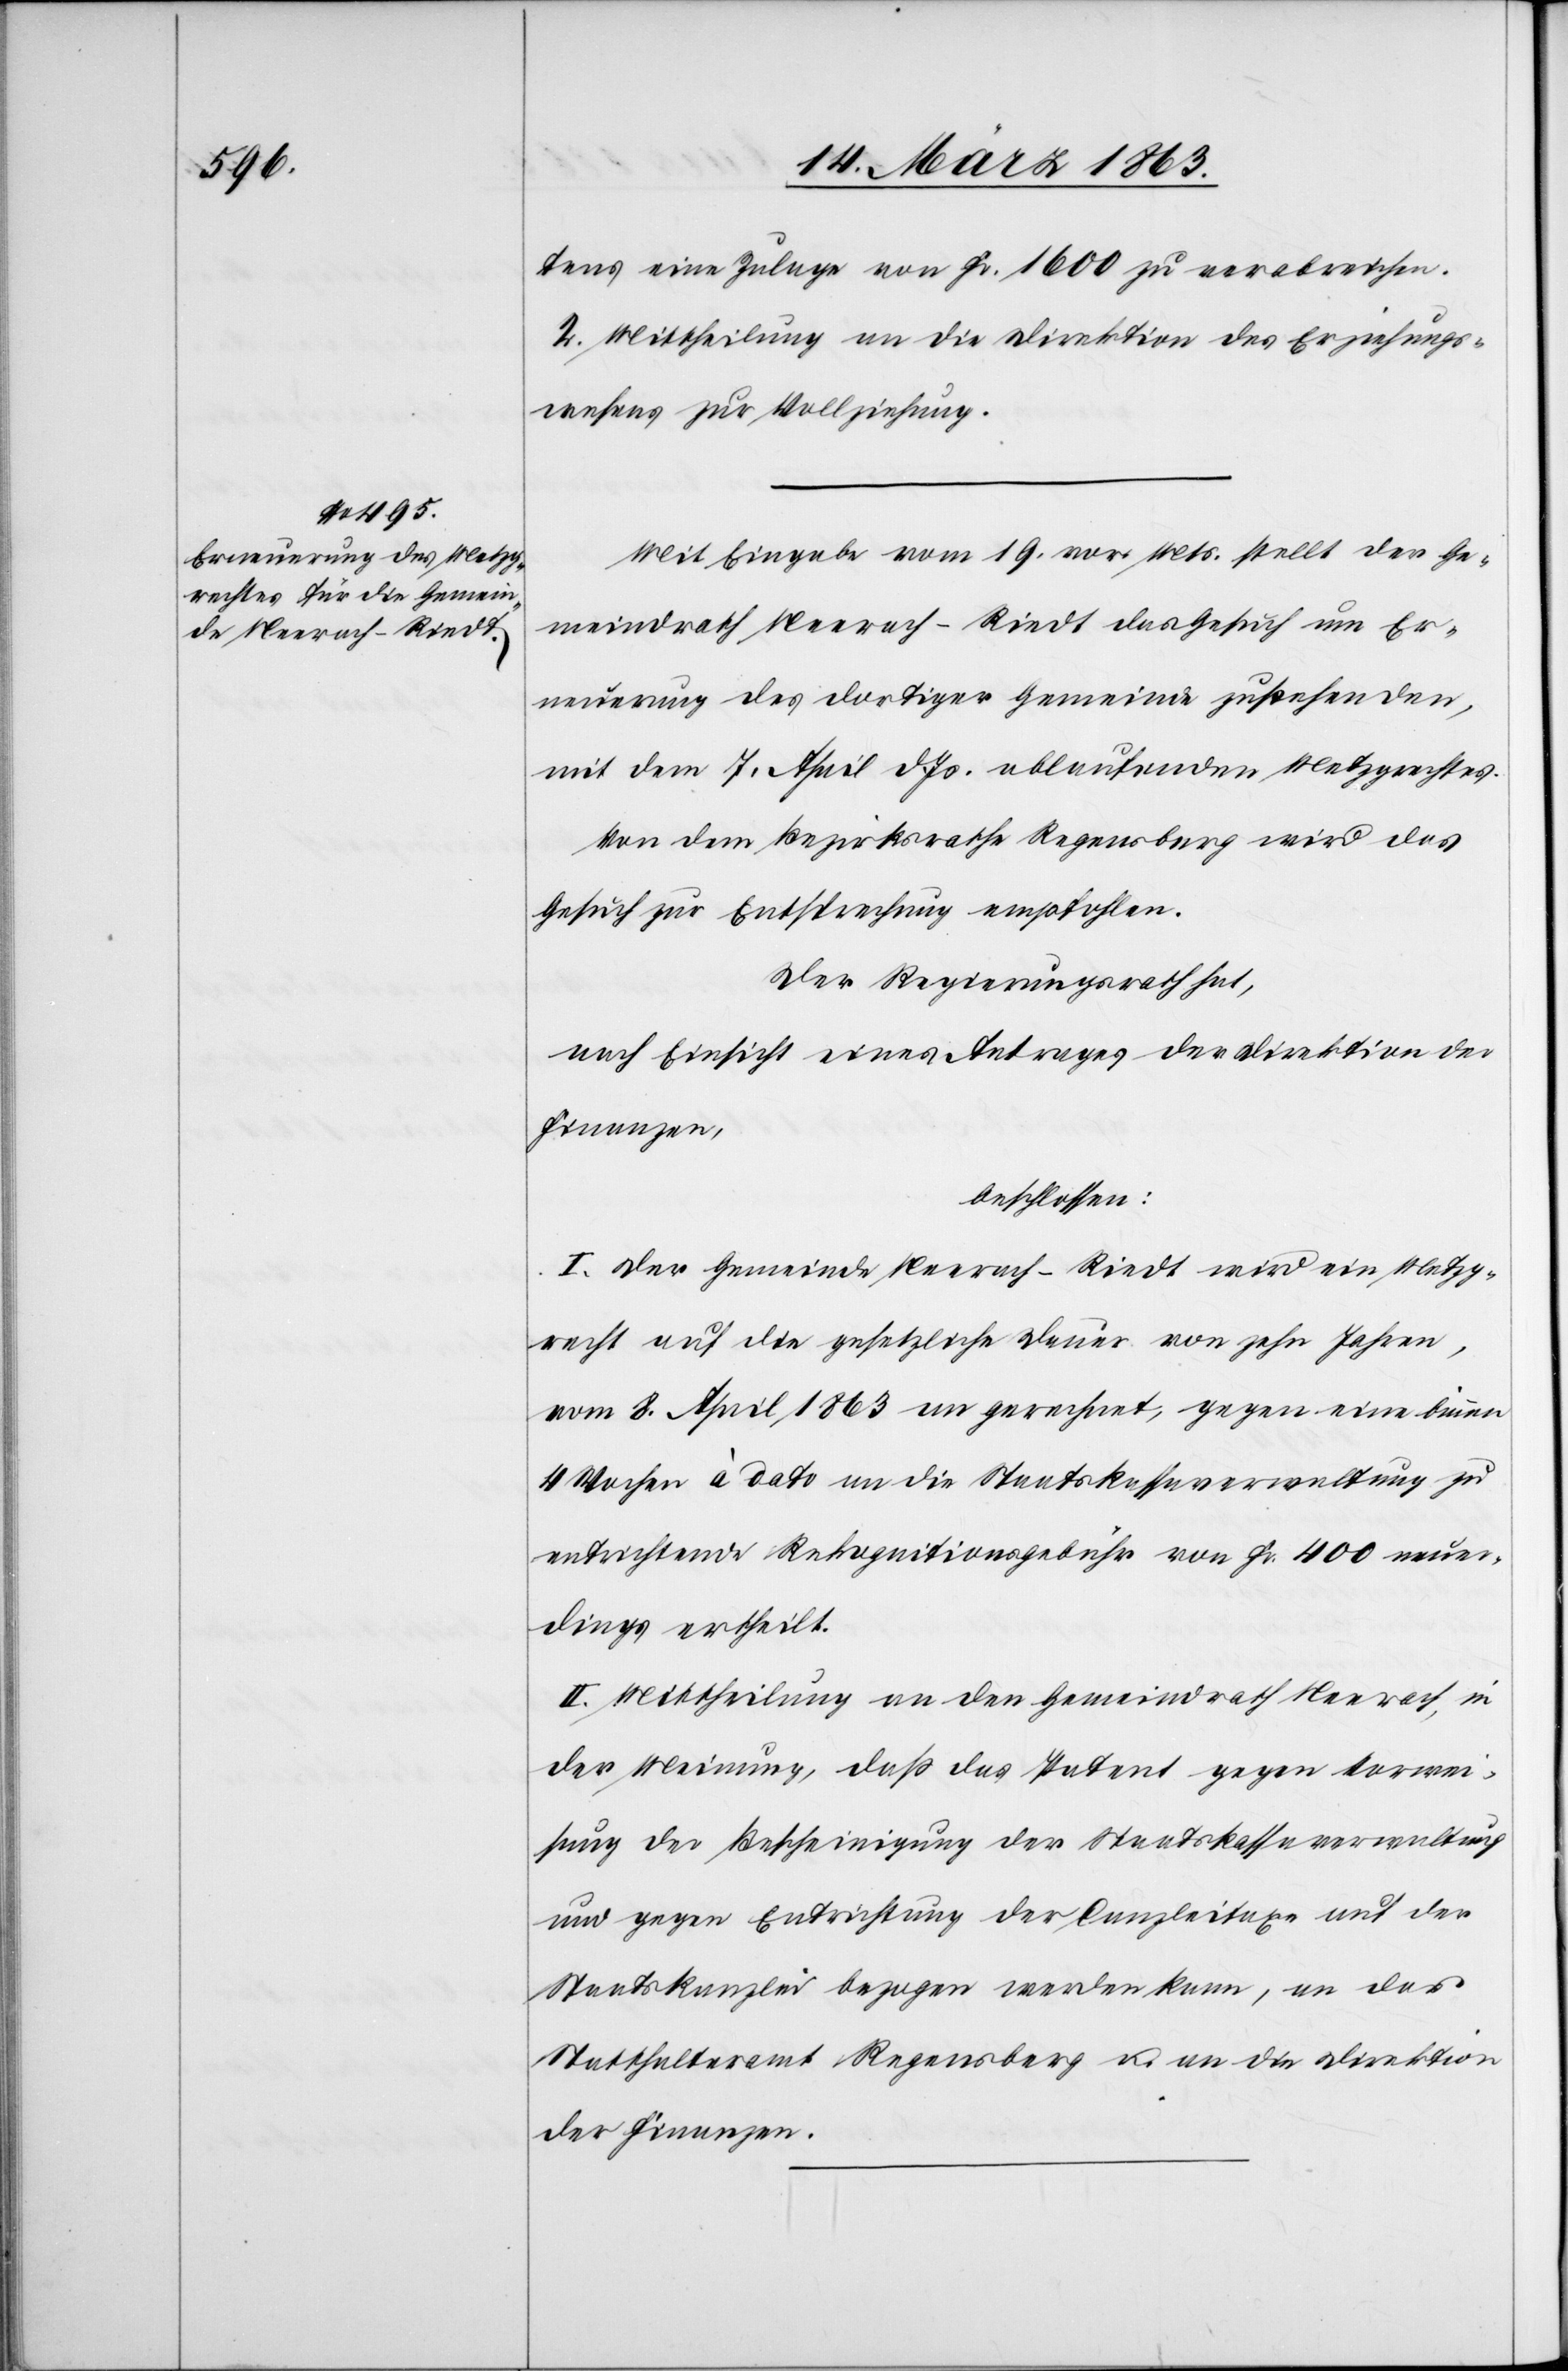
tens eine Zulage von Fr. 1600 zu verabreichen.
2. Mittheilung an die Direktion des Erziehungs¬
wesens zur Vollziehung.
Mit Eingabe vom 19. vor. Mts. stellt der Ge¬
meindrath Neerach-Riedt das Gesuch um Er¬
neuerung des dortiger Gemeinde zustehenden,
mit dem 7. April d. Js. ablaufenden Metzgrechtes.
Von dem Bezirksrathe Regensberg wird das
Gesuch zur Entsprechung empfohlen.
Der Regierungsrath hat,
nach Einsicht eines Antrages der Direktion der
Finanzen,
beschlossen:
I. Der Gemeinde Neerach-Riedt wird ein Metzg¬
recht auf die gesetzliche Dauer von zehn Jahren,
vom 8. April 1863 an gerechnet, gegen eine binnen
4 Wochen à dato an die Staatskassaverwaltung zu
entrichtende Rekognitionsgebühr von Fr. 400 neuer¬
dings ertheilt.
II. Mittheilung an den Gemeindrath Neerach, in
der Meinung, daß das Patent gegen Vorwei¬
sung der Bescheinigung der Staatskassaverwaltung
und gegen Entrichtung der Canzleitaxe auf der
Staatskanzlei bezogen werden kann, an das
Statthalteramt Regensberg u. an die Direktion
der Finanzen.